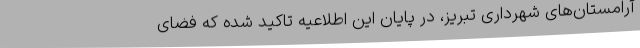
آرامستان‌های شهرداری تبریز، در پایان این اطلاعیه تاکید شده که فضای